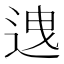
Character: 𨒧